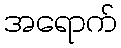
အရောက်